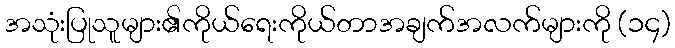
အသုံးပြုသူများ၏ကိုယ်ရေးကိုယ်တာအချက်အလက်များကို (၁၄)